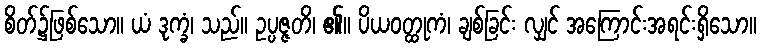
စိတ်၌ဖြစ်သော။ ယံ ဒုက္ခံ၊ သည်။ ဥပ္ပဇ္ဇတိ၊ ၏။ ပိယဝတ္ထုကံ၊ ချစ်ခြင်း လျှင် အကြောင်းအရင်းရှိသော။